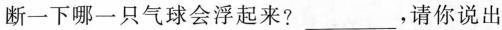
断一下哪一只气球会浮起来?___，请你说出